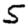
Digit: 5